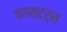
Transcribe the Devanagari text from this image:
यंगस्टर्स